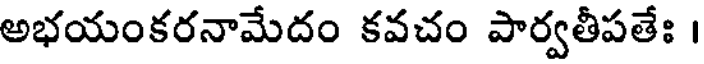
అభయంకరనామేదం కవచం పార్వతీపతేః ।